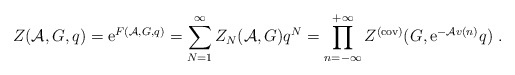
\begin{align*}Z({\cal A},G,q) = {\rm e}^{ F({\cal A},G,q)} =\sum_{N=1}^{\infty} Z_{N}({\cal A},G)q^N =\prod_{n=-\infty}^{+\infty} Z^{(\rm cov)}(G,{\rm e}^{-{\cal A} v(n)} q)~.\end{align*}